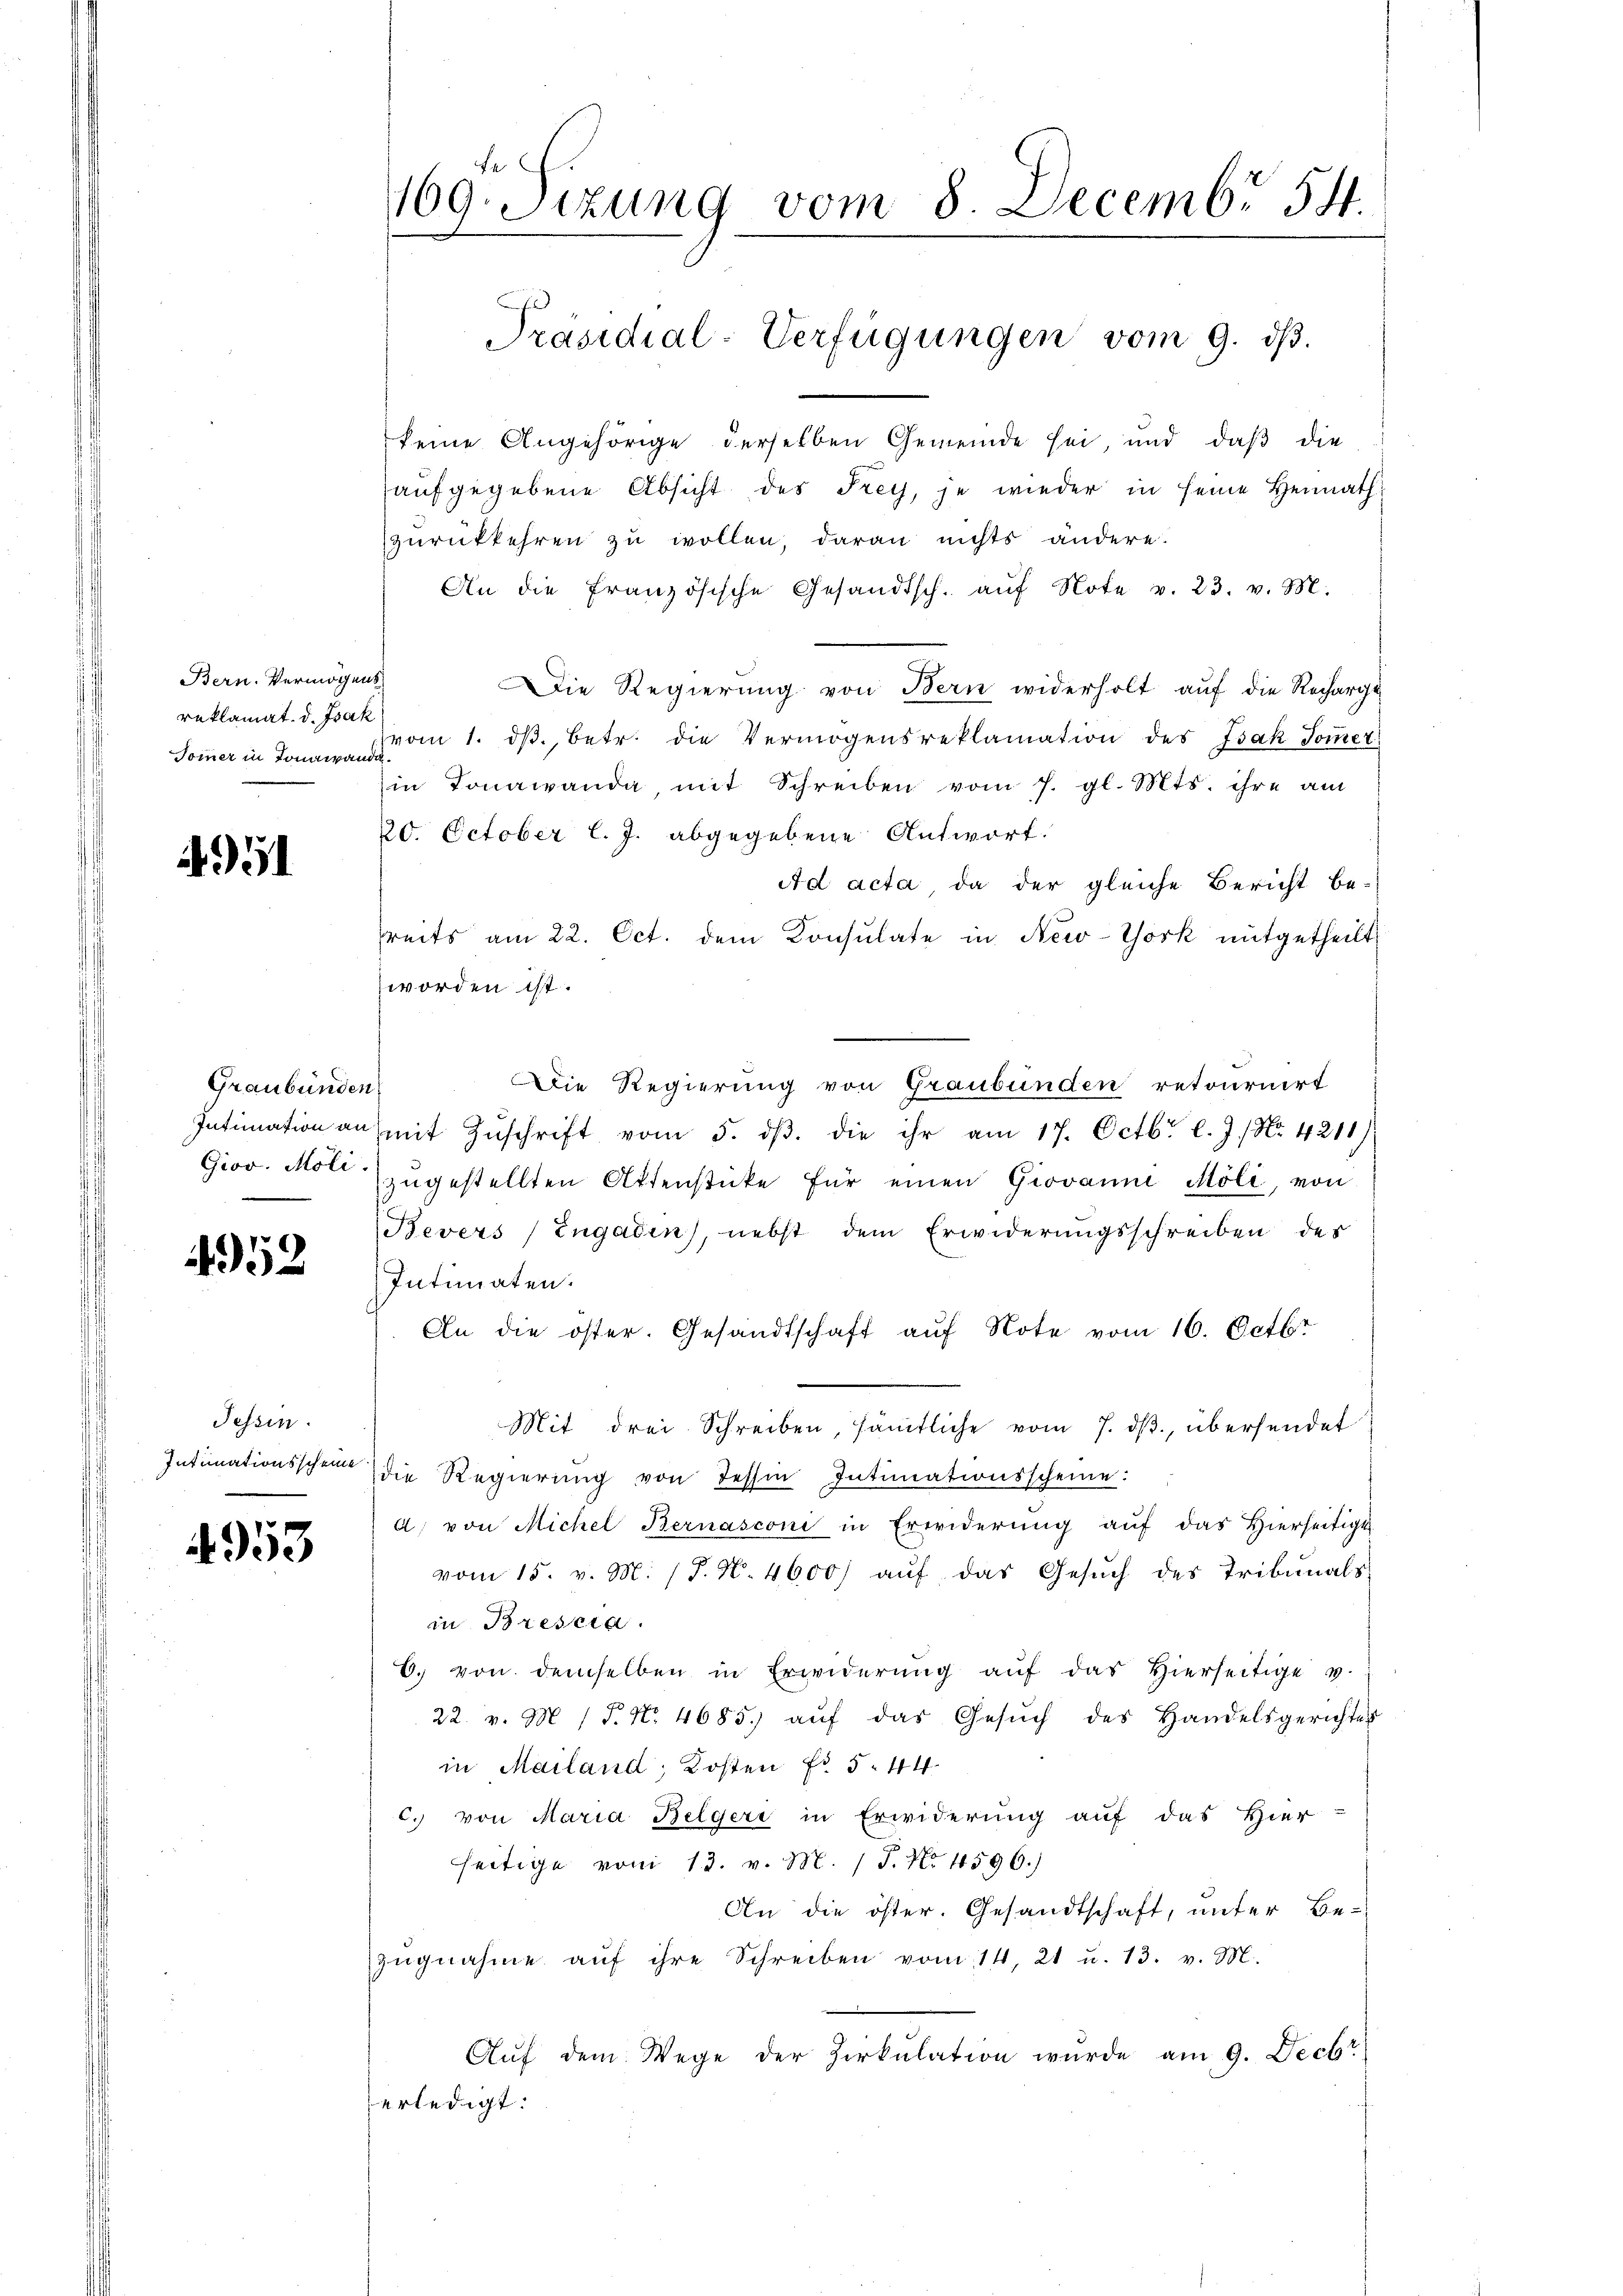
Bern. Vermögens
reklamat. d. Jsak
Tommer in Tonaianda

4951

Graubünden
Grov. Möli.
e

4952

Tessin.
Intimationsscheine

4953

Fe
169. Sizung vom 8 Decemb. 54.

keine Angehörige derselben Gemeinde sei, und daß die
aufgegebene Absicht des Frey, je wieder in seine Heimath
zurückkehren zu wollen, daran nichts ändere.
An die Französische Gesandtsch. aŭf Note v. 23. v. M.
Die Regierung von Bern widerholt aŭf die Recharge
vom 1. dβ. betr. die Vermögensreklamation des Isak Sommet
in Lonawanda, mit Schreiben vom 7. gl. Mts. ihre am
20. October l. J. abgegebene Antwort.
Ad acta, da der gleiche Bericht be-
hreits am 22. Oct. dem Konsulate in New-York mitgetheilt
worden ist.
Die Regierung von Graubünden retournirt
Intimation an mit Zŭschrift vom 5. dβ. die ihr am 17. Octbr. l. J. / Nr. 4211)
zugestellten Aktenstücke für einen Giovanni Möli, von
Bevers (Engadin, nebst dem Erwiderungsschreiben des
Intimaten.
An die öster. Gesandtschaft auf Note vom 16. Octbr
Mit drei Schreiben, sämtliche vom 7. dβ, übersendet
die Regierŭng von Tessin Intimationsscheine:
a) von Michel Bernasconi in Erwiderung auf das Hierseitige
vom 15. v. M. (T. N. 4600 aŭf das Gesŭch des Tribunals
in Brescia
6. von demselben in Erwiderŭng aŭf das hierseitige v.
22. v. M / P. Nr. 4685. aŭf das Gesŭch des Handelsgerichtes
in Mailand, Kosten f. 544
c. von Maria Belgeri in Erwiderung auf das Hier-
seitige vom 13. v. M. P. Nr. 4596.)
An die öster. Gesandtschaft, unter Be-
zŭgnahme aŭf ihre Schreiben vom 14. 21 u. 13. v. M.
Auf dem Wege der Zirkulation wurde am 9. Decbr
erledigt.

Präsidial-Verfügungen vom 9. dβ.